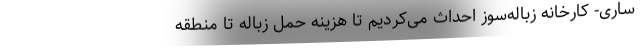
ساری- کارخانه زباله‌سوز احداث می‌کردیم تا هزینه حمل زباله تا منطقه